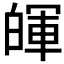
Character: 𤾈